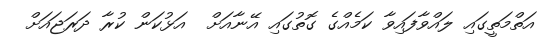
އަތްމަތީގައި ލައްވާފައިވާ ކަމެއްގެ ގޮތުގައި އޭނާއަށް  އަޅުކަން ކުރާ ދަރަޖައަށް